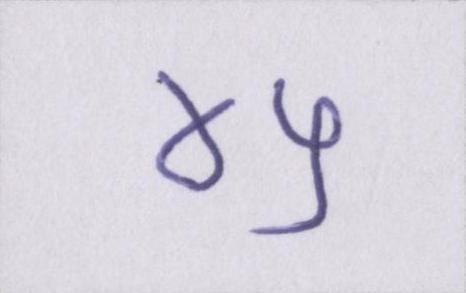
४५